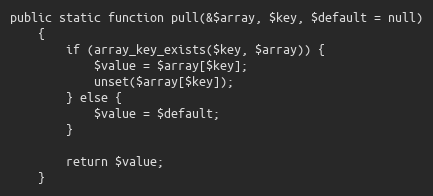
Language: PHP
public static function pull(&$array, $key, $default = null)
    {
        if (array_key_exists($key, $array)) {
            $value = $array[$key];
            unset($array[$key]);
        } else {
            $value = $default;
        }

        return $value;
    }